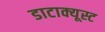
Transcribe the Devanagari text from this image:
डाटाक्यूस्ट